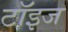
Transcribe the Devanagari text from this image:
टॉइज